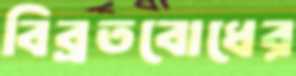
বিব্রতবোধের